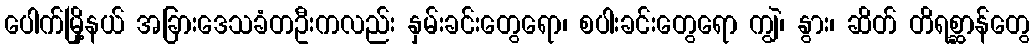
ပေါက်မြို့နယ် အခြားဒေသခံတဦးကလည်း နှမ်းခင်းတွေရော၊ စပါးခင်းတွေရော ကျွဲ၊ နွား၊ ဆိတ် တိရစ္ဆာန်တွေ